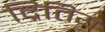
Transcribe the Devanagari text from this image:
द्रितिय